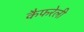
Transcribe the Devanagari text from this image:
कैफरेली